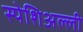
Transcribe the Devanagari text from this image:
स्पेशिअल्ली